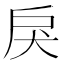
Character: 戾